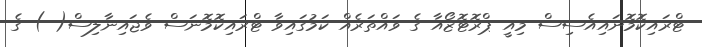
ޓްރައިކޮމޮނައިއެސިސް މިއީ ޕްރޮޓޮޒޯއާ ގެ ވައްތަރެއް ކަމުގައިވާ ޓްރައިކޮމޮނަސް ވެޖައިނާލިސް( ) ގެ